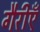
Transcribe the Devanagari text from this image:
गैरीएँ